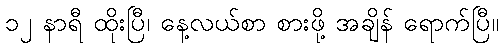
၁၂ နာရီ ထိုးပြီ၊ နေ့လယ်စာ စားဖို့ အချိန် ရောက်ပြီ။